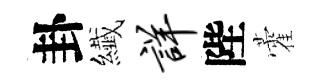
卦纎详陛藿